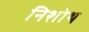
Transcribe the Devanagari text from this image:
निशोथ